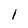
Character: I